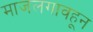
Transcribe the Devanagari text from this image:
माजलगावहून